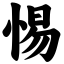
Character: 惕